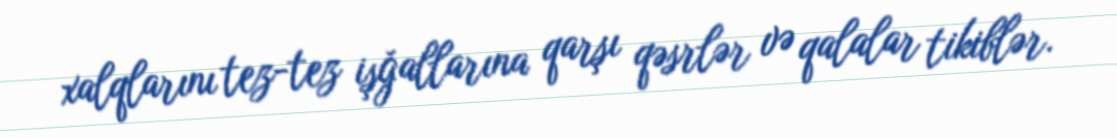
xalqlarını tez-tez işğallarına qarşı qəsrlər və qalalar tikiblər.